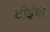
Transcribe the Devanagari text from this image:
टीईवी